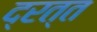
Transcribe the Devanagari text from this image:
द्रत्त